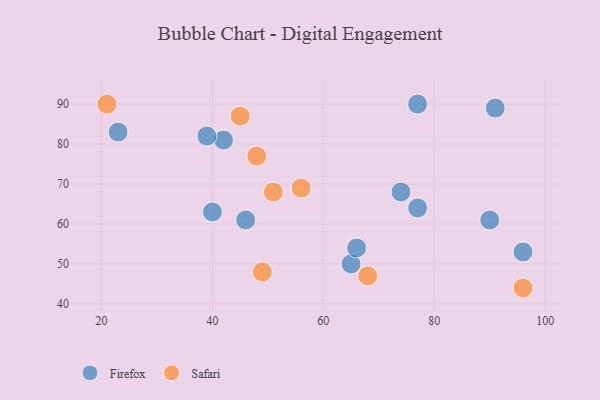
{"axis": {"x": "GDP", "y": "Life Expectancy"}, "legend": ["Firefox", "Safari"], "data": [{"x": "90", "y": 61, "type": "Firefox"}, {"x": "42", "y": 81, "type": "Firefox"}, {"x": "46", "y": 61, "type": "Firefox"}, {"x": "77", "y": 90, "type": "Firefox"}, {"x": "23", "y": 83, "type": "Firefox"}, {"x": "74", "y": 68, "type": "Firefox"}, {"x": "39", "y": 82, "type": "Firefox"}, {"x": "65", "y": 50, "type": "Firefox"}, {"x": "66", "y": 54, "type": "Firefox"}, {"x": "40", "y": 63, "type": "Firefox"}, {"x": "91", "y": 89, "type": "Firefox"}, {"x": "77", "y": 64, "type": "Firefox"}, {"x": "96", "y": 53, "type": "Firefox"}, {"x": "21", "y": 90, "type": "Safari"}, {"x": "68", "y": 47, "type": "Safari"}, {"x": "51", "y": 68, "type": "Safari"}, {"x": "96", "y": 44, "type": "Safari"}, {"x": "45", "y": 87, "type": "Safari"}, {"x": "56", "y": 69, "type": "Safari"}, {"x": "49", "y": 48, "type": "Safari"}, {"x": "48", "y": 77, "type": "Safari"}]}